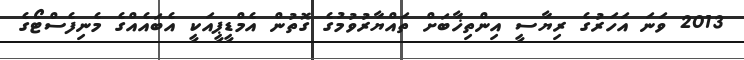
2013 ވަނަ އަހަރުގެ ރިޔާސީ އިންތިޚާބަށް ތައްޔާރުވުމުގެ ގޮތުން އެމްޑީޕީއަކީ އެބައެއްގެ މެނިފެސްޓޯގެ